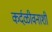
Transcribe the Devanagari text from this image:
कर्दळीवनाशी